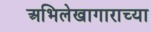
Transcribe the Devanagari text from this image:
अभिलेखागाराच्या